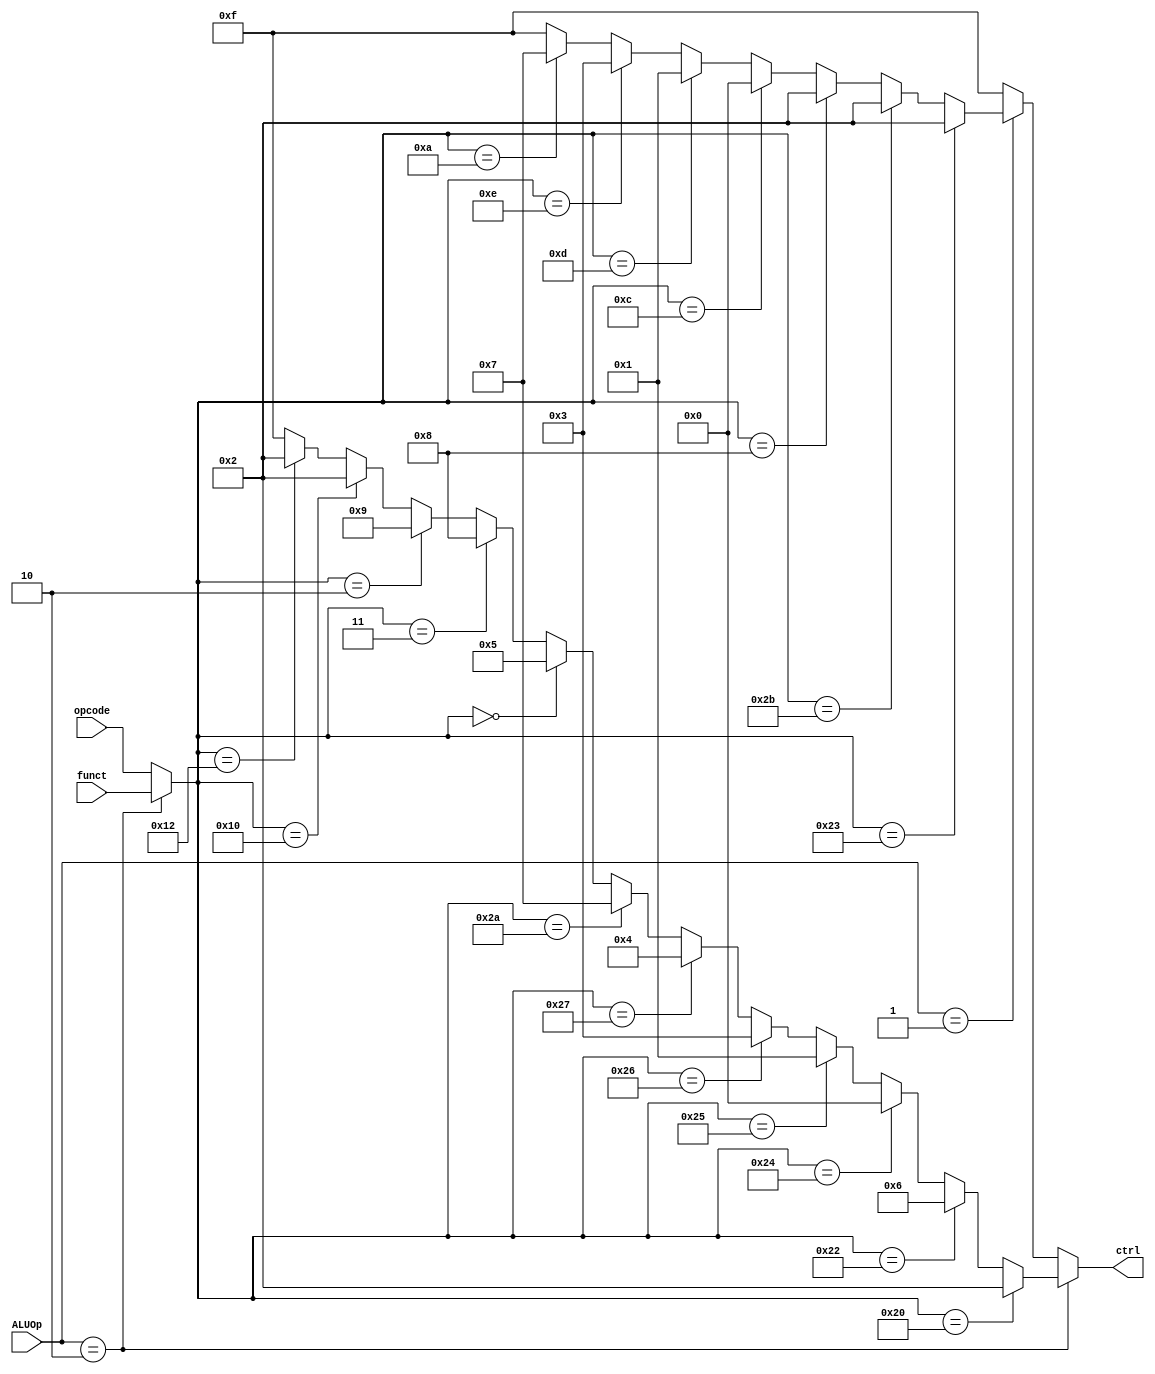
//submodules
//==========================================================//
//                    ALU control                           //
//==========================================================//
/*  
    11 kinds of aluCtrl signal:
    add:    0010
    sub:    0110
    and:    0000
    or:     0001
    xor:    0011
    nor:    0100
    slt:    0111
    sll:    0101
    sra:    1000
    srl:    1001
    nop:    1111
*/
module aluCtrl(
        opcode,
        funct,
        ALUOp,
        ctrl
);
    //============== in/out declaration ===============
    input       [5:0]   opcode;
    input       [5:0]   funct;
    input       [1:0]   ALUOp;
    output reg  [3:0]   ctrl;

    //============== wire/ reg/ declaration ===========
    wire    [5:0]   temp;

    //============== combinational part ===============
    //to choose which funct to use I / R type
    assign temp = (ALUOp == 2'b10)? funct : opcode;
    always@(*)begin
        //if the inst. is R-type
        if(ALUOp == 2'b10) begin
            //ADD
            if(temp == 6'b100000)
                ctrl = 4'b0010;
            //SUB
            else if(temp == 6'b100010)
                ctrl = 4'b0110;
            //AND
            else if(temp == 6'b100100)
                ctrl = 4'b0000;
            //OR
            else if(temp == 6'b100101)
                ctrl = 4'b0001;
            //XOR
            else if(temp == 6'b100110)
                ctrl = 4'b0011;
            //NOR
            else if(temp == 6'b100111)
                ctrl = 4'b0100;
            //SLT
            else if(temp == 6'b101010)
                ctrl = 4'b0111;
            //SLL
            else if(temp == 6'b000000)
                ctrl = 4'b0101;
            //SRA
            else if(temp == 6'b000011)
                ctrl = 4'b1000;
            //SRL
            else if(temp == 6'b000010)
                ctrl = 4'b1001;
			//mfhi(add)
			else if(temp == 6'd16)
				ctrl = 4'b0010;
			//mflo(add)
			else if(temp == 6'd18)
				ctrl = 4'b0010;
            //NOP
            else 
                ctrl = 4'b1111;
        end
        //if the inst. is I-type
        else if(ALUOp == 2'b01) begin
            //LW (add)
            if(temp == 6'b100011)
                ctrl = 4'b0010;
            //SW (add)
            else if(temp == 6'b101011)
                ctrl = 4'b0010;
            //ADDI (add)
            else if(temp == 6'b001000)
                ctrl = 4'b0010;
            //ANDI (and)
            else if(temp == 6'b001100)
                ctrl = 4'b0000;
            //ORI (or)
            else if(temp == 6'b001101)
                ctrl = 4'b0001;
            //XORI (xor)
            else if(temp == 6'b001110)
                ctrl = 4'b0011;
            //SLTI (slt)
            else if(temp == 6'b001010)
                ctrl = 4'b0111;
            //NOP
            else
                ctrl = 4'b1111;
        end
        //NOP
        else begin
            ctrl = 4'b1111;
        end
    end
endmodule
    //=============== sequential part ================
//TODO
//==========================================================//
//                           ALU                            //
//==========================================================//
/*  
    11 kinds of aluCtrl signal:
    add:    0010
    sub:    0110
    and:    0000
    or:     0001
    xor:    0011
    nor:    0100
    slt:    0111
    sll:    0101
    sra:    1000
    srl:    1001
    nop:    1111
*/
module alu(
    ctrl,
    x,
    y,
    out
);
    //================== in/out declaration ==================
    input       [3:0]   ctrl;
    input       [31:0]  x, y;
    output reg  [31:0]  out;
    //============== reg / wire declaration ==================

    //================== combinational part ==================
    always@(*) begin
        //    add:    0010
        if(ctrl == 4'b0010)
            out = x + y;
        //    sub:    0110
        else if(ctrl == 4'b0110)
            out = x - y;
        //    and:    0000
        else if(ctrl == 4'b0000)
            out = x & y;
        //    or:     0001
        else if(ctrl == 4'b0001)
            out = x | y;
        //    xor:    0011
        else if(ctrl == 4'b0011)
            out = x ^ y;
        //    nor:    0100
        else if(ctrl == 4'b0100)
            out = ~(x | y);
        //    slt:    0111
        else if(ctrl == 4'b0111) begin
            if (x < y)
                out = 1;
            else
                out = 32'b0;
        end
        //    sll:    0101
        else if(ctrl == 4'b0101)
            out = y << x;
        //    sra:    1000
        else if(ctrl == 4'b1000)
            out = y >>> x;
        //    srl:    1001
        else if(ctrl == 4'b1001)
            out = x >> y;
		else
			out = 31'd0;
    end
    //================= sequential part =====================
endmodule

//==========================================================//
//                           register                       //
//==========================================================//